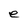
Character: e